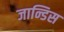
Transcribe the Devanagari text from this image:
जान्डिस